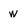
Character: w